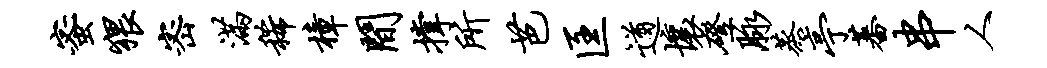
蜜猥密满稀樟间撑所芭匡遒壤磴脉蒸亭蕃串人